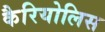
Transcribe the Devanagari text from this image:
कैरियोलिस